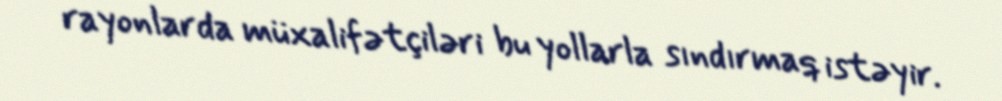
rayonlarda müxalifətçiləri bu yollarla sındırmaq istəyir.